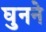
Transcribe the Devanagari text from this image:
घुनने